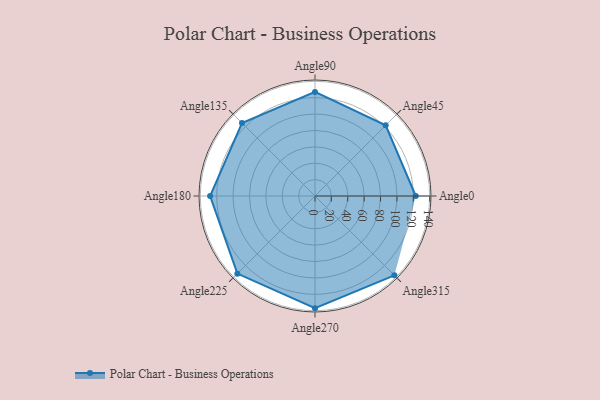
{"axis": {"x": "Angle", "y": "Radius"}, "legend": [""], "data": [{"x": "Angle0", "y": 123.0, "type": ""}, {"x": "Angle45", "y": 122.0, "type": ""}, {"x": "Angle90", "y": 127.0, "type": ""}, {"x": "Angle135", "y": 126.0, "type": ""}, {"x": "Angle180", "y": 128.0, "type": ""}, {"x": "Angle225", "y": 134.0, "type": ""}, {"x": "Angle270", "y": 137.0, "type": ""}, {"x": "Angle315", "y": 137.0, "type": ""}]}